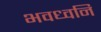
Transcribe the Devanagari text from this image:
भवध्वनि